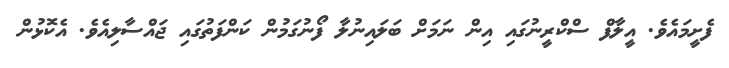
ފެށީމައެވެ. އީލާފް ސްކްރީނުގައި އިން ނަމަށް ބަލައިނުލާ ފޯނުގަމުން ކަންފަތުގައި ޖައްސާލިއެވެ. އެކޮޅުން